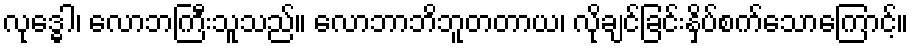
လုဒ္ဓေါ၊ လောဘကြီးသူသည်။ လောဘာဘိဘူတတာယ၊ လိုချင်ခြင်းနှိပ်စက်သောကြောင့်။